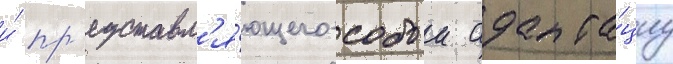
и́ пр'едставл'я́ющего собои адапта́циу